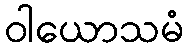
ဝါယောသမံ